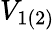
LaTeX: V_{1(2)}